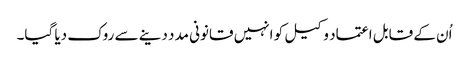
اُن کے قابل اعتماد وکیل کو انہیں قانونی مدد دینے سے روک دیا گیا۔